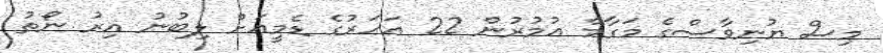
މިސް ޔުނިވާސްގެ މަގާމް އުމުރުން 22 އަހަރުގެ ޑެމީއަށް ލިބުނު އިރު ނޯތު